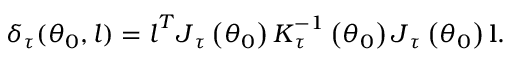
\delta _ { \tau } ( \boldsymbol { \theta } _ { 0 } , \boldsymbol { l } ) = \boldsymbol { l } ^ { T } \boldsymbol { J } _ { \tau } \left( \boldsymbol { \theta } _ { 0 } \right) \boldsymbol { K } _ { \tau } ^ { - 1 } \left( \boldsymbol { \theta } _ { 0 } \right) \boldsymbol { J } _ { \tau } \left( \boldsymbol { \theta } _ { 0 } \right) \mathbf { l } \boldsymbol { . }